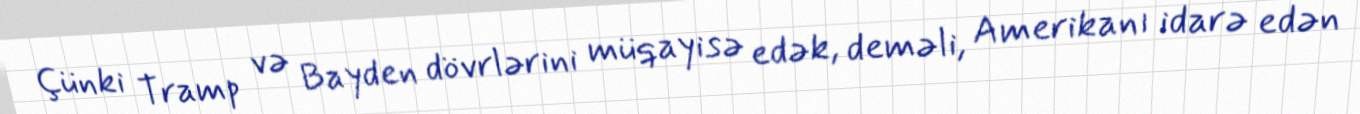
Çünki Tramp və Bayden dövrlərini müqayisə edək, deməli, Amerikanı idarə edən